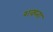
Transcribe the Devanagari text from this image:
शक्य्ता